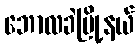
ဘောလခဲမြို့နယ်